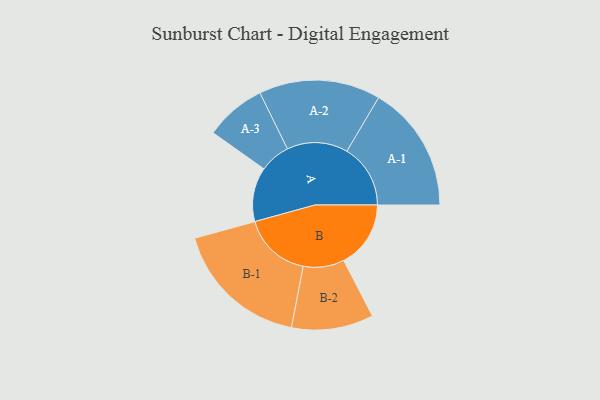
{"axis": {"x": "Segment", "y": "Value"}, "legend": ["", "A", "B"], "data": [{"x": "A", "y": 235, "type": ""}, {"x": "B", "y": 290, "type": ""}, {"x": "A-1", "y": 275, "type": "A"}, {"x": "A-2", "y": 263, "type": "A"}, {"x": "A-3", "y": 132, "type": "A"}, {"x": "B-1", "y": 295, "type": "B"}, {"x": "B-2", "y": 177, "type": "B"}]}